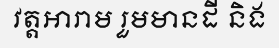
វត្តអារាម រួមមានដី និង